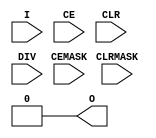
`timescale 1ns / 1ns

module BUFG_GT (
    input I,
    input CE,
    input CEMASK,
    input CLR,
    input CLRMASK,
    input DIV,
    output O
);
    reg x=0;
    always @(posedge I) if (CE) x<=1;
    always @(negedge I) x<=0;
    buf b(O, x);
endmodule